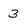
Character: 3